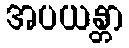
အပယန္တာ